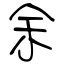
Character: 余